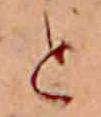
と